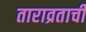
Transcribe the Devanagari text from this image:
ताराव्रताची